Report on vaccination in the Province of Bengal - 1869-1873
Year: 1869
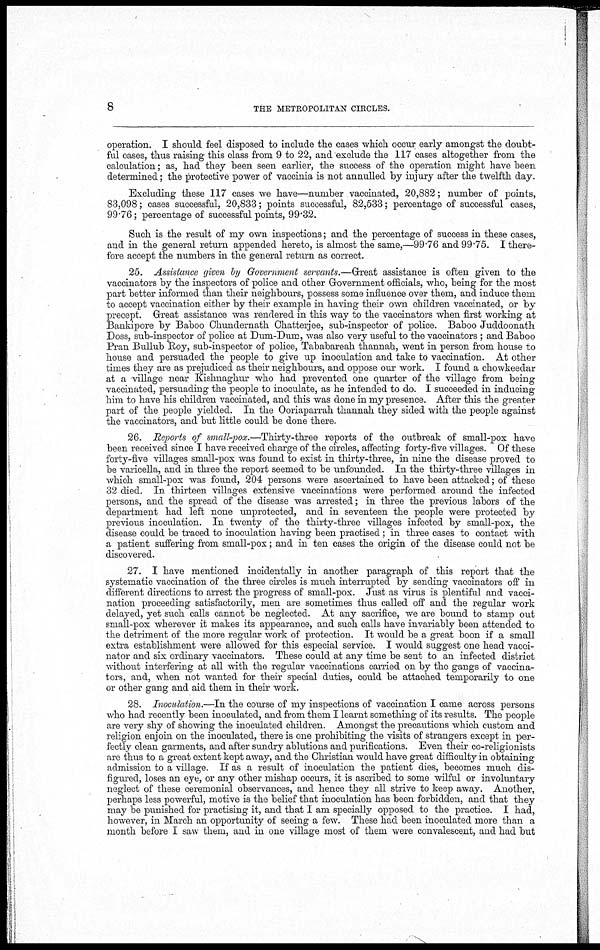
8
THE METROPOLITAN CIRCLES.
operation. I should feel disposed to include the cases which occur early amongst the doubt-
ful cases, thus raising this class from 9 to 22, and exclude the 117 cases altogether from the
calculation; as, had they been seen earlier, the success of the operation might have been
determined; the protective power of vaccinia is not annulled by injury after the twelfth day.
Excluding these 117 cases we have—number vaccinated, 20,882; number of points,
83,098; cases successful, 20,833; points successful, 82,533; percentage of successful cases,
99.76; percentage of successful points, 99.32.
Such is the result of my own inspections; and the percentage of success in these cases,
and in the general return appended hereto, is almost the same,—99.76 and 99.75. I there-
fore accept the numbers in the general return as correct.
25. Assistance given by Government servants.—Great assistance is often given to the
vaccinators by the inspectors of police and other Government officials, who, being for the most
part better informed than their neighbours, possess some influence over them, and induce them
to accept vaccination either by their example in having their own children vaccinated, or by
precept. Great assistance was rendered in this way to the vaccinators when first working at
Bankipore by Baboo Chundernath Chatterjee, sub-inspector of police. Baboo Juddoonath
Doss, sub-inspector of police at Dum-Dum, was also very useful to the vaccinators ; and Baboo
Pran Bullub Roy, sub-inspector of police, Tababareah thannah, went in person from house to
house and persuaded the people to give up inoculation and take to vaccination. At other
times they are as prejudiced as their neighbours, and oppose our work. I found a chowkeedar
at a village near Kishnaghur who had prevented one quarter of the village from being
vaccinated, persuading the people to inoculate, as he intended to do. I succeeded in inducing
him to have his children vaccinated, and this was done in my presence. After this the greater
part of the people yielded. In the Ooriaparrah thannah they sided with the people against
the vaccinators, and but little could be done there.
26. Reports of small-pox.—Thirty-three reports of the outbreak of small-pox have
been received since I have received charge of the circles, affecting forty-five villages. Of these
forty-five villages small-pox was found to exist in thirty-three, in nine the disease proved to
be varicella, and in three the report seemed to be unfounded. In the thirty-three villages in
which small-pox was found, 204 persons were ascertained to have been attacked; of these
32 died. In thirteen villages extensive vaccinations were performed around the infected
persons, and the spread of the disease was arrested; in three the previous labors of the
department had left none unprotected, and in seventeen the people were protected by
previous inoculation. In twenty of the thirty-three villages infected by small-pox, the
disease could be traced to inoculation having been practised ; in three cases to contact with
a patient suffering from small-pox; and in ten cases the origin of the disease could not be
discovered.
27. I have mentioned incidentally in another paragraph of this report that the
systematic vaccination of the three circles is much interrupted by sending vaccinators off in
different directions to arrest the progress of small-pox. Just as virus is plentiful and vacci-
nation proceeding satisfactorily, men are sometimes thus called off and the regular work
delayed, yet such calls cannot be neglected. At any sacrifice, we are bound to stamp out
small-pox wherever it makes its appearance, and such calls have invariably been attended to
the detriment of the more regular work of protection. It would be a great boon if a small
extra establishment were allowed for this especial service. I would suggest one head vacci-
nator and six ordinary vaccinators. These could at any time be sent to an infected district
without interfering at all with the regular vaccinations carried on by the gangs of vaccina-
tors, and, when not wanted for their special duties, could be attached temporarily to one
or other gang and aid them in their work.
28. Inoculation.—In the course of my inspections of vaccination I came across persons
who had recently been inoculated, and from them I learnt something of its results. The people
are very shy of showing the inoculated children. Amongst the precautions which custom and
religion enjoin on the inoculated, there is one prohibiting the visits of strangers except in per-
fectly clean garments, and after sundry ablutions and purifications. Even their co-religionists
are thus to a great extent kept away, and the Christian would have great difficulty in obtaining
admission to a village. If as a result of inoculation the patient dies, becomes much dis-
figured, loses an eye, or any other mishap occurs, it is ascribed to some wilful or involuntary
neglect of these ceremonial observances, and hence they all strive to keep away. Another,
perhaps less powerful, motive is the belief that inoculation has been forbidden, and that they
may be punished for practising it, and that I am specially opposed to the practice. I had,
however, in March an opportunity of seeing a few. These had been inoculated more than a
month before I saw them, and in one village most of them were convalescent, and had but